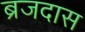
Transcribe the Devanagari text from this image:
ब्रजदास